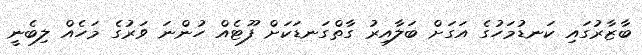
ބާޒާރުގައި ކަނޑުމަހުގެ އަގަށް ބަލާއިރު ގާތްގަނޑަކަށް ފޫޓެއް ހުންނަ ވަރުގެ މަހެއް ލިބެނީ